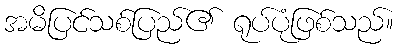
အမိပြင်သစ်ပြည်၏ ရုပ်ပုံဖြစ်သည်။